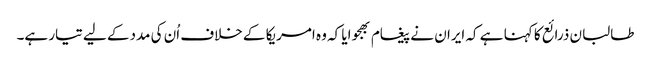
طالبان ذرائع کا کہنا ہے کہ ایران نے پیغام بھجوایا کہ وہ امریکا کے خلاف اُن کی مددکے لیے تیار ہے۔